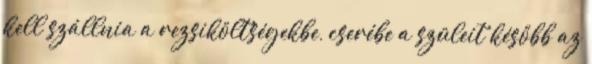
kell szállnia a rezsiköltségekbe, cserébe a szüleit később az